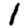
Digit: 1